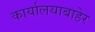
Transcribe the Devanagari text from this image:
कार्यालयाबाहेर